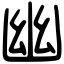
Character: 幽